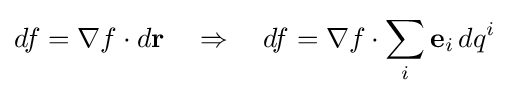
df=\nabla f\cdot d\mathbf {r} \quad \Rightarrow \quad df=\nabla f\cdot \sum _{i}\mathbf {e} _{i}\,dq^{i}